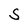
Character: S